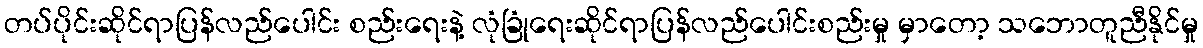
တပ်ပိုင်းဆိုင်ရာပြန်လည်ပေါင်း စည်းရေးနဲ့ လုံခြုံရေးဆိုင်ရာပြန်လည်ပေါင်းစည်းမှု မှာတော့ သဘောတူညီနိုင်မှု